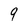
Character: 9